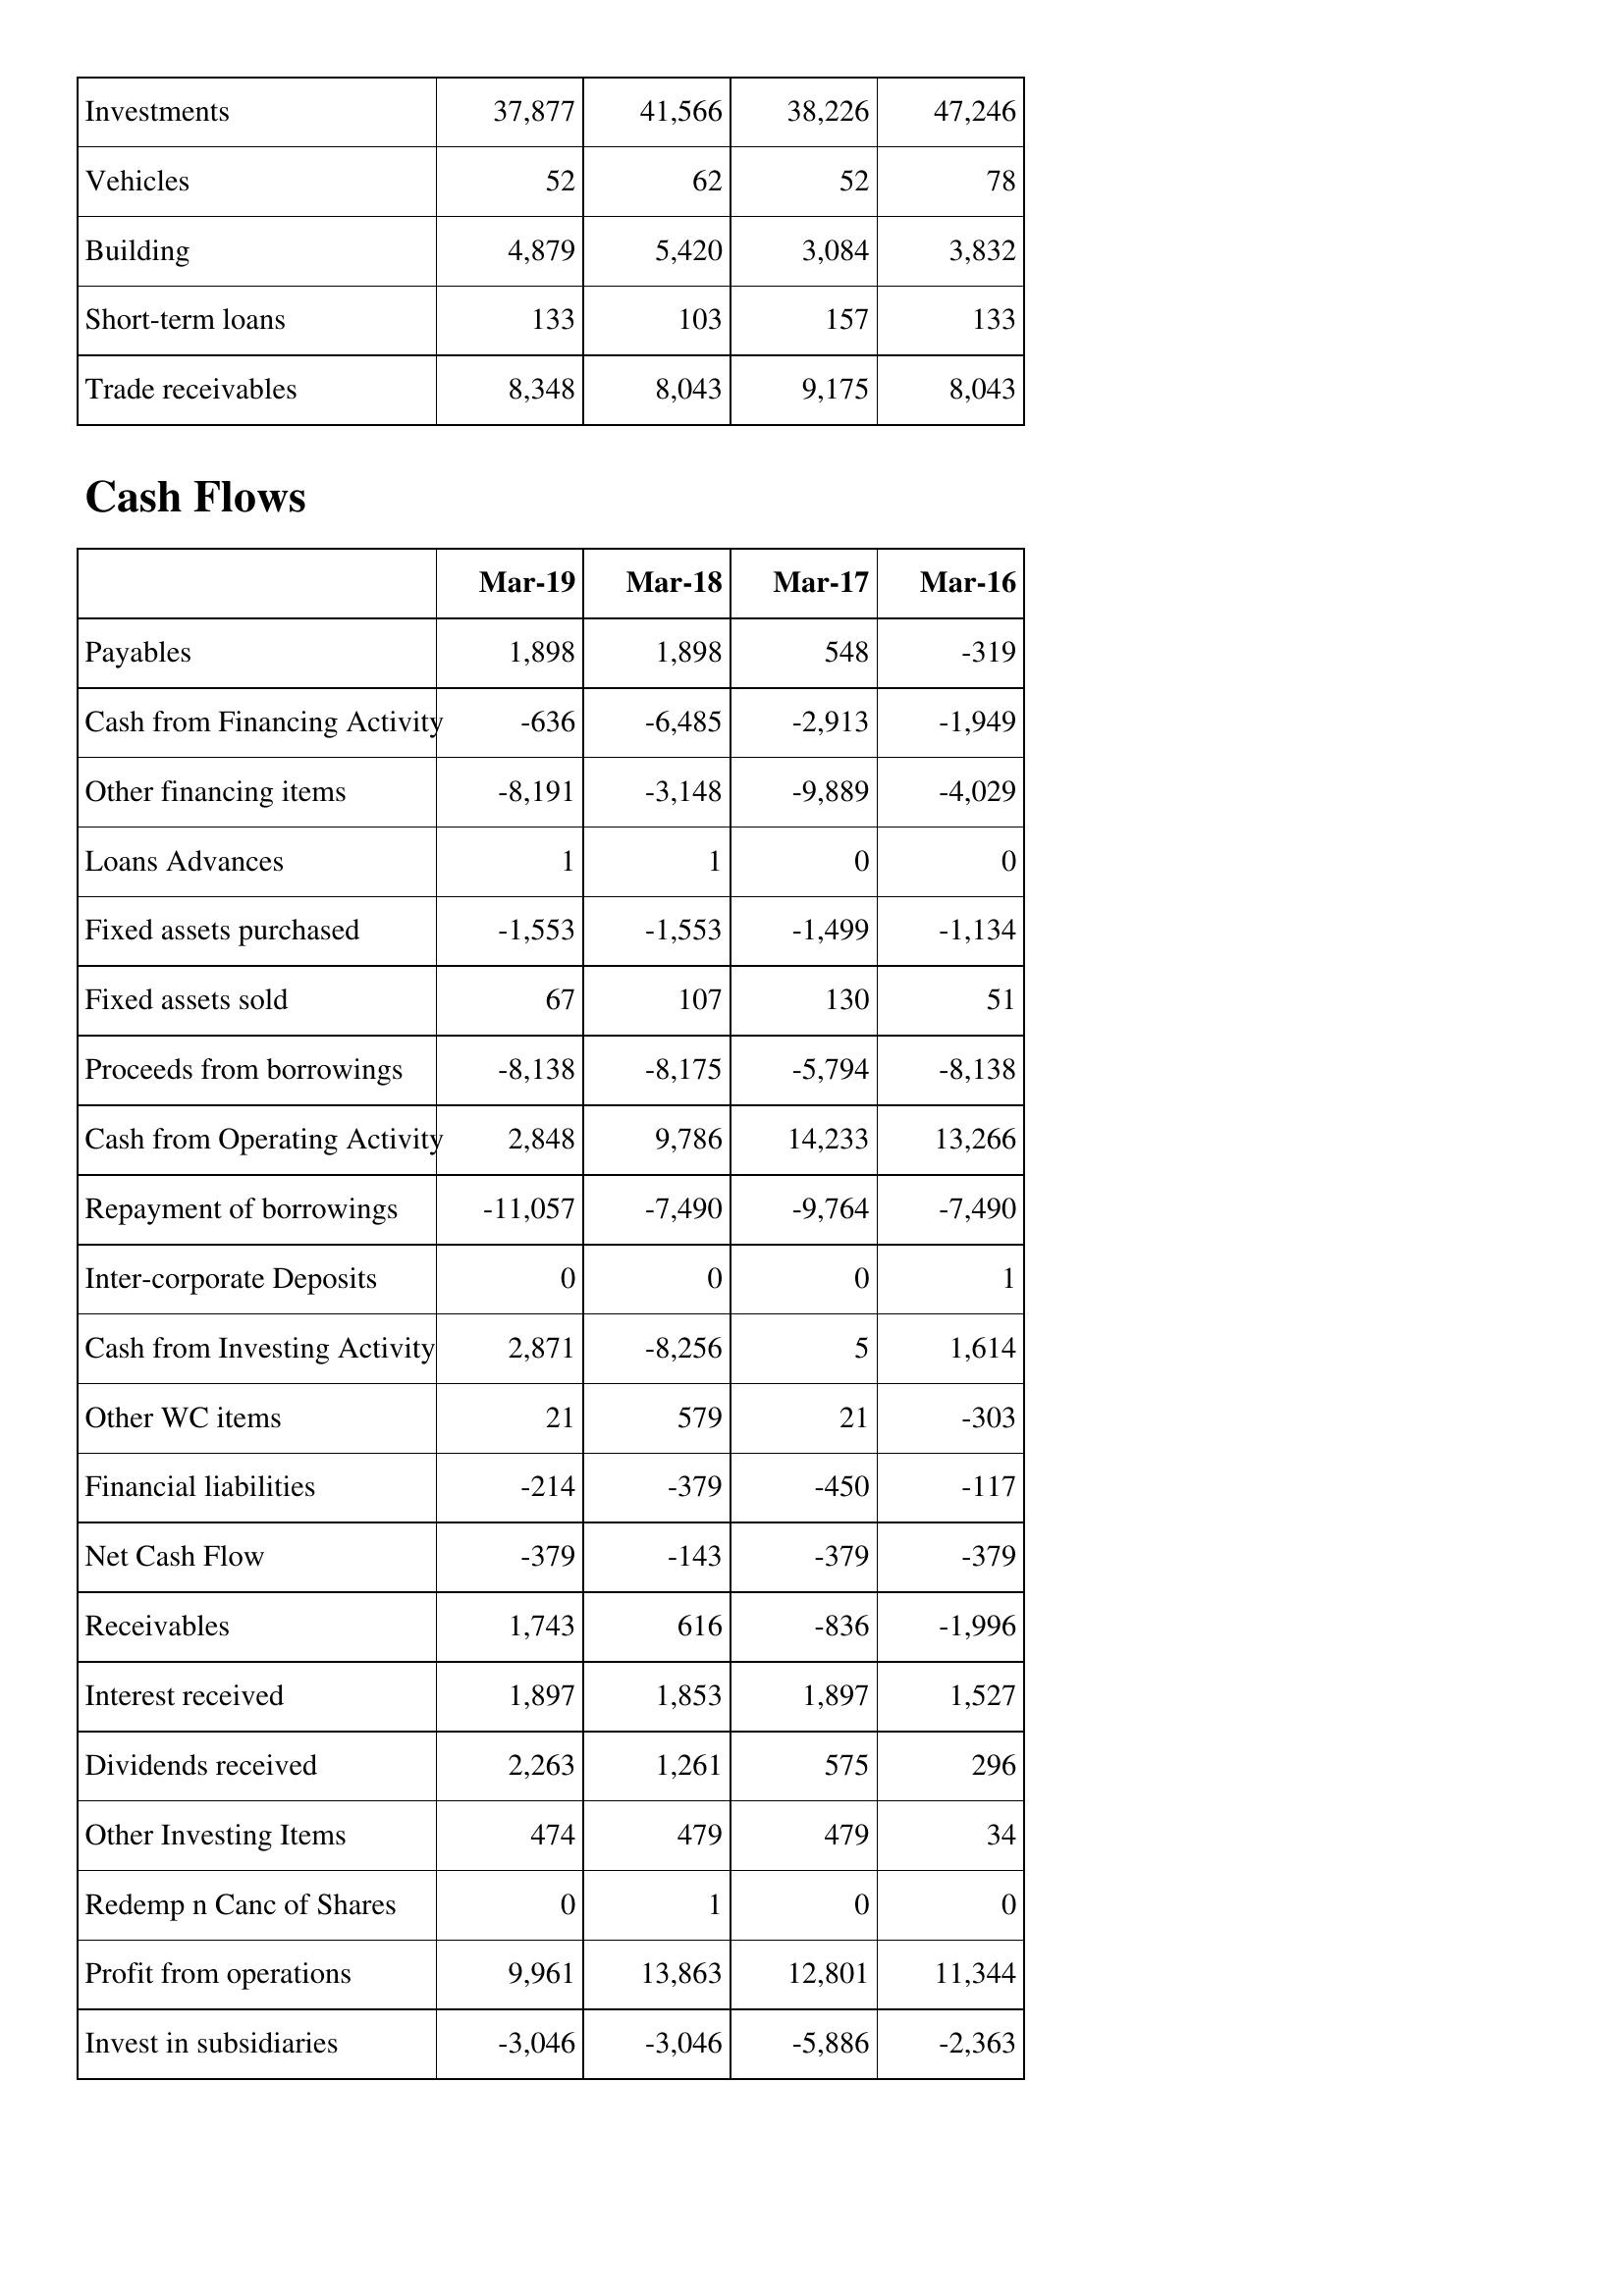
Mar-19: Balance Sheet: Investments: 37,877
Vehicles: 52
Building: 4,879
Short-term loans: 133
Trade receivables: 8,348
Cash Flows: Payables: 1,898
Cash from Financing Activity: -636
Other financing items: -8,191
Loans Advances: 1
Fixed assets purchased: -1,553
Fixed assets sold: 67
Proceeds from borrowings: -8,138
Cash from Operating Activity: 2,848
Repayment of borrowings: -11,057
Inter-corporate Deposits: 0
Cash from Investing Activity: 2,871
Other WC items: 21
Financial liabilities: -214
Net Cash Flow: -379
Receivables: 1,743
Interest received: 1,897
Dividends received: 2,263
Other Investing Items: 474
Redemp n Canc of Shares: 0
Profit from operations: 9,961
Invest in subsidiaries: -3,046
Mar-18: Balance Sheet: Investments: 41,566
Vehicles: 62
Building: 5,420
Short-term loans: 103
Trade receivables: 8,043
Cash Flows: Payables: 1,898
Cash from Financing Activity: -6,485
Other financing items: -3,148
Loans Advances: 1
Fixed assets purchased: -1,553
Fixed assets sold: 107
Proceeds from borrowings: -8,175
Cash from Operating Activity: 9,786
Repayment of borrowings: -7,490
Inter-corporate Deposits: 0
Cash from Investing Activity: -8,256
Other WC items: 579
Financial liabilities: -379
Net Cash Flow: -143
Receivables: 616
Interest received: 1,853
Dividends received: 1,261
Other Investing Items: 479
Redemp n Canc of Shares: 1
Profit from operations: 13,863
Invest in subsidiaries: -3,046
Mar-17: Balance Sheet: Investments: 38,226
Vehicles: 52
Building: 3,084
Short-term loans: 157
Trade receivables: 9,175
Cash Flows: Payables: 548
Cash from Financing Activity: -2,913
Other financing items: -9,889
Loans Advances: 0
Fixed assets purchased: -1,499
Fixed assets sold: 130
Proceeds from borrowings: -5,794
Cash from Operating Activity: 14,233
Repayment of borrowings: -9,764
Inter-corporate Deposits: 0
Cash from Investing Activity: 5
Other WC items: 21
Financial liabilities: -450
Net Cash Flow: -379
Receivables: -836
Interest received: 1,897
Dividends received: 575
Other Investing Items: 479
Redemp n Canc of Shares: 0
Profit from operations: 12,801
Invest in subsidiaries: -5,886
Mar-16: Balance Sheet: Investments: 47,246
Vehicles: 78
Building: 3,832
Short-term loans: 133
Trade receivables: 8,043
Cash Flows: Payables: -319
Cash from Financing Activity: -1,949
Other financing items: -4,029
Loans Advances: 0
Fixed assets purchased: -1,134
Fixed assets sold: 51
Proceeds from borrowings: -8,138
Cash from Operating Activity: 13,266
Repayment of borrowings: -7,490
Inter-corporate Deposits: 1
Cash from Investing Activity: 1,614
Other WC items: -303
Financial liabilities: -117
Net Cash Flow: -379
Receivables: -1,996
Interest received: 1,527
Dividends received: 296
Other Investing Items: 34
Redemp n Canc of Shares: 0
Profit from operations: 11,344
Invest in subsidiaries: -2,363